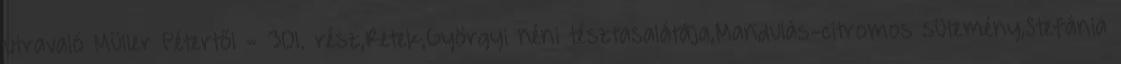
útravaló Müller Pétertől - 301. rész,Retek,Györgyi néni tésztasalátája,Mandulás-citromos sütemény,Stefánia